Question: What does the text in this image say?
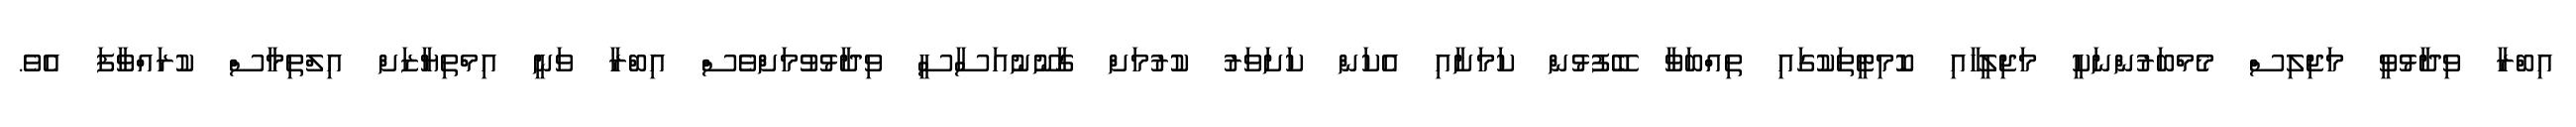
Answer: އިބްރާ ވިދާޅުވީ މަޖިލިސް މެމްބަރުންނަކީ މަޖިލީހާއި ކޮމިޓީތަކުގައި ތިއްބަވާ ބޭފުޅުން ކަމަށާއި އެކަން ކަށަވަރު ކުރުމަށް ގާނޫނުއަސާސީ ވިދާޅުވުމަށްވެސް އިބްރާ ވަނީ އިމްތިޔާޒަށް އިލްތިމާސް ކުރައްވާފަ އެވެ.